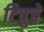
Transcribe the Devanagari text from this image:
टिपुचे